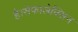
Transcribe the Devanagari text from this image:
है।सेफालेक्सिन